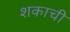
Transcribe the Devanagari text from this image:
शकाची